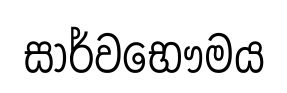
සාර්වභෞමය